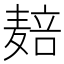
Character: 𱋝